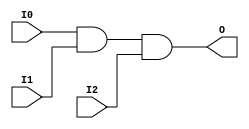
//    Xilinx Proprietary Primitive Cell X_AND3 for Verilog
//
// $Header: /devl/xcs/repo/env/Databases/CAEInterfaces/verplex_libs/data/simprims/X_AND3.v,v 1.3.198.3 2004/09/28 20:47:45 wloo Exp $
//

`celldefine
`timescale 1 ps/1 ps

module X_AND3 (O, I0, I1, I2);

  output O;
  input I0, I1, I2;

  and (O, I0, I1, I2);

endmodule